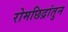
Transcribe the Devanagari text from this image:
रोमछिद्रांतुन